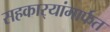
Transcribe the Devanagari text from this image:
सहकार्‍यांमार्फत